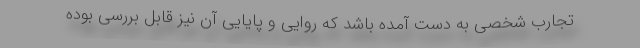
تجارب شخصی به دست آمده باشد که روایی و پایایی آن نیز قابل بررسی بوده